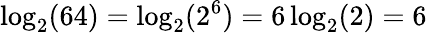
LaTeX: \log_{2}(64)=\log_{2}(2^{6})=6\log_{2}(2)=6